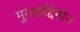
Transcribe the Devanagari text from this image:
मुतक़द्दिमीन